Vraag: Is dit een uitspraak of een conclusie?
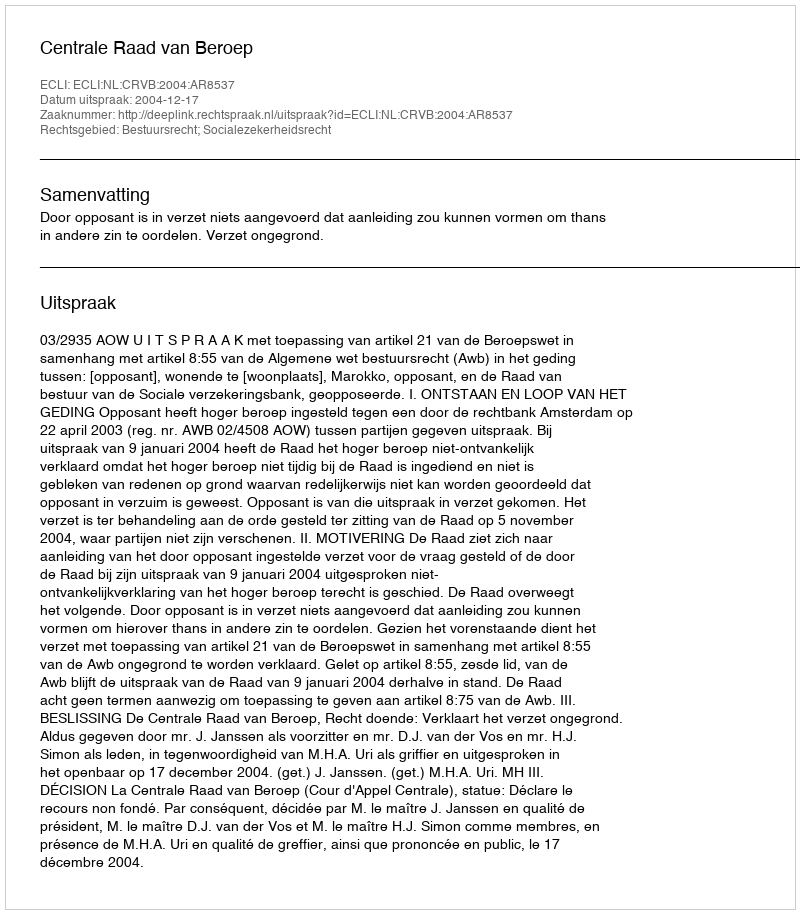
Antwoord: Uitspraak